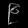
Digit: ၉